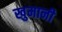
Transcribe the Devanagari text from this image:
खुमानी